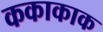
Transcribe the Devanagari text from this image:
ककाकाक